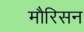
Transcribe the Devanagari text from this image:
मौरिसन